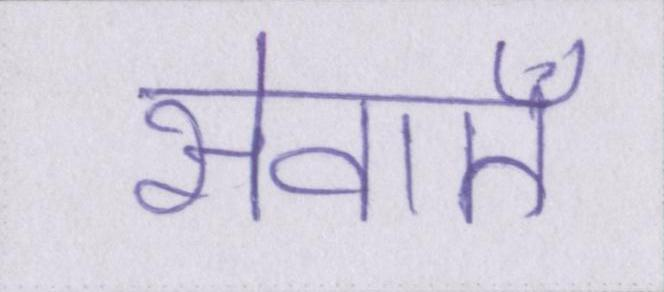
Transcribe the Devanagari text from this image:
सेवाऍं